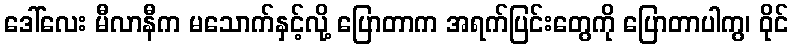
ဒေါ်လေး မီလာနီက မသောက်နှင့်လို့ ပြောတာက အရက်ပြင်းတွေကို ပြောတာပါကွ၊ ဝိုင်